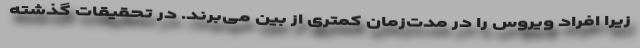
زیرا افراد ویروس را در مدت‌زمان کمتری از بین می‌برند. در تحقیقات گذشته